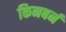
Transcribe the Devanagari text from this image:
किनबर्न